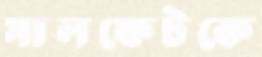
সালফেটকে